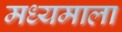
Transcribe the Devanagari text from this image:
मध्यमाला